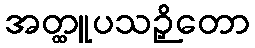
အတ္ထူပသဉှိတော